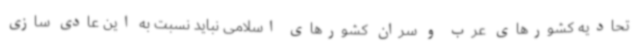
تحادیه کشورهای عرب و سران کشورهای اسلامی نباید نسبت به این عادی سازی